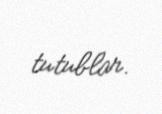
tutublar.